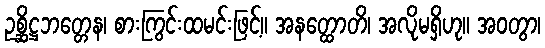
ဥစ္ဆိဋ္ဌဘတ္တေန၊ စားကြွင်းထမင်းဖြင့်။ အနတ္ထောတိ၊ အလိုမရှိဟု။ အဝတွာ၊